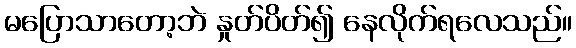
မပြောသာတော့ဘဲ နှုတ်ပိတ်၍ နေလိုက်ရလေသည်။